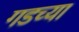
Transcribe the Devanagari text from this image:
गडच्या